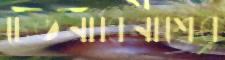
চেতনাবিনাশের